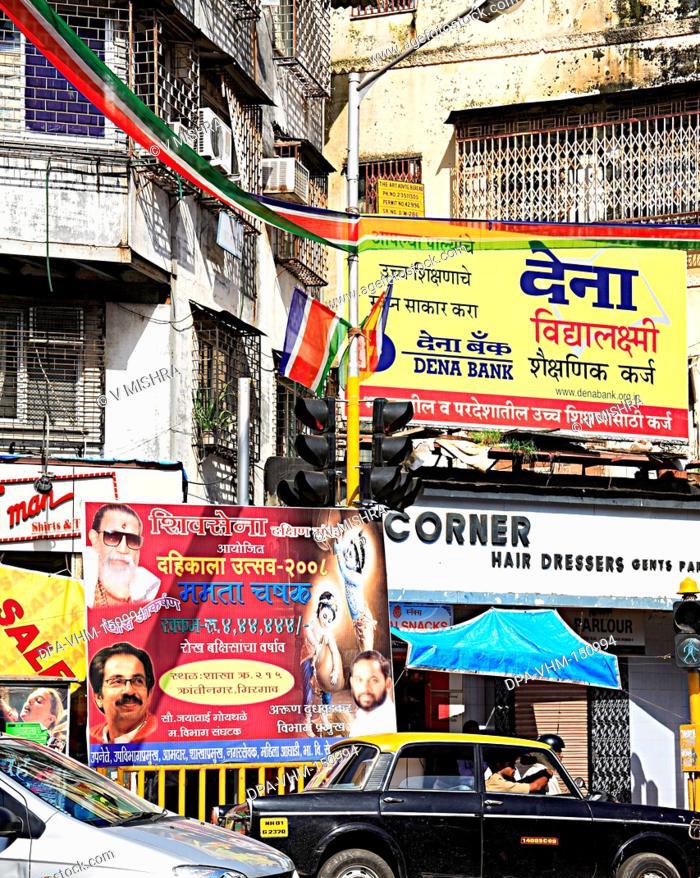
Language: marathi
Transcription: दहीकाला शिवसेना आयोजित ममता चषक बक्षिसांचा वर्षाव शाखा क्रांतीनगर गिरगाव जयाबाई गोयथळे अरुण उपनेते संघटक विभाग देना शैक्षणिक कर्ज साकार करा शिक्षणाचे बँक देना दक्षिण परदेशातील रोख उत्सव कर्ज व विद्यालक्ष्मी रक्कम स्थळ उच्च